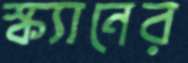
স্ক্যানের